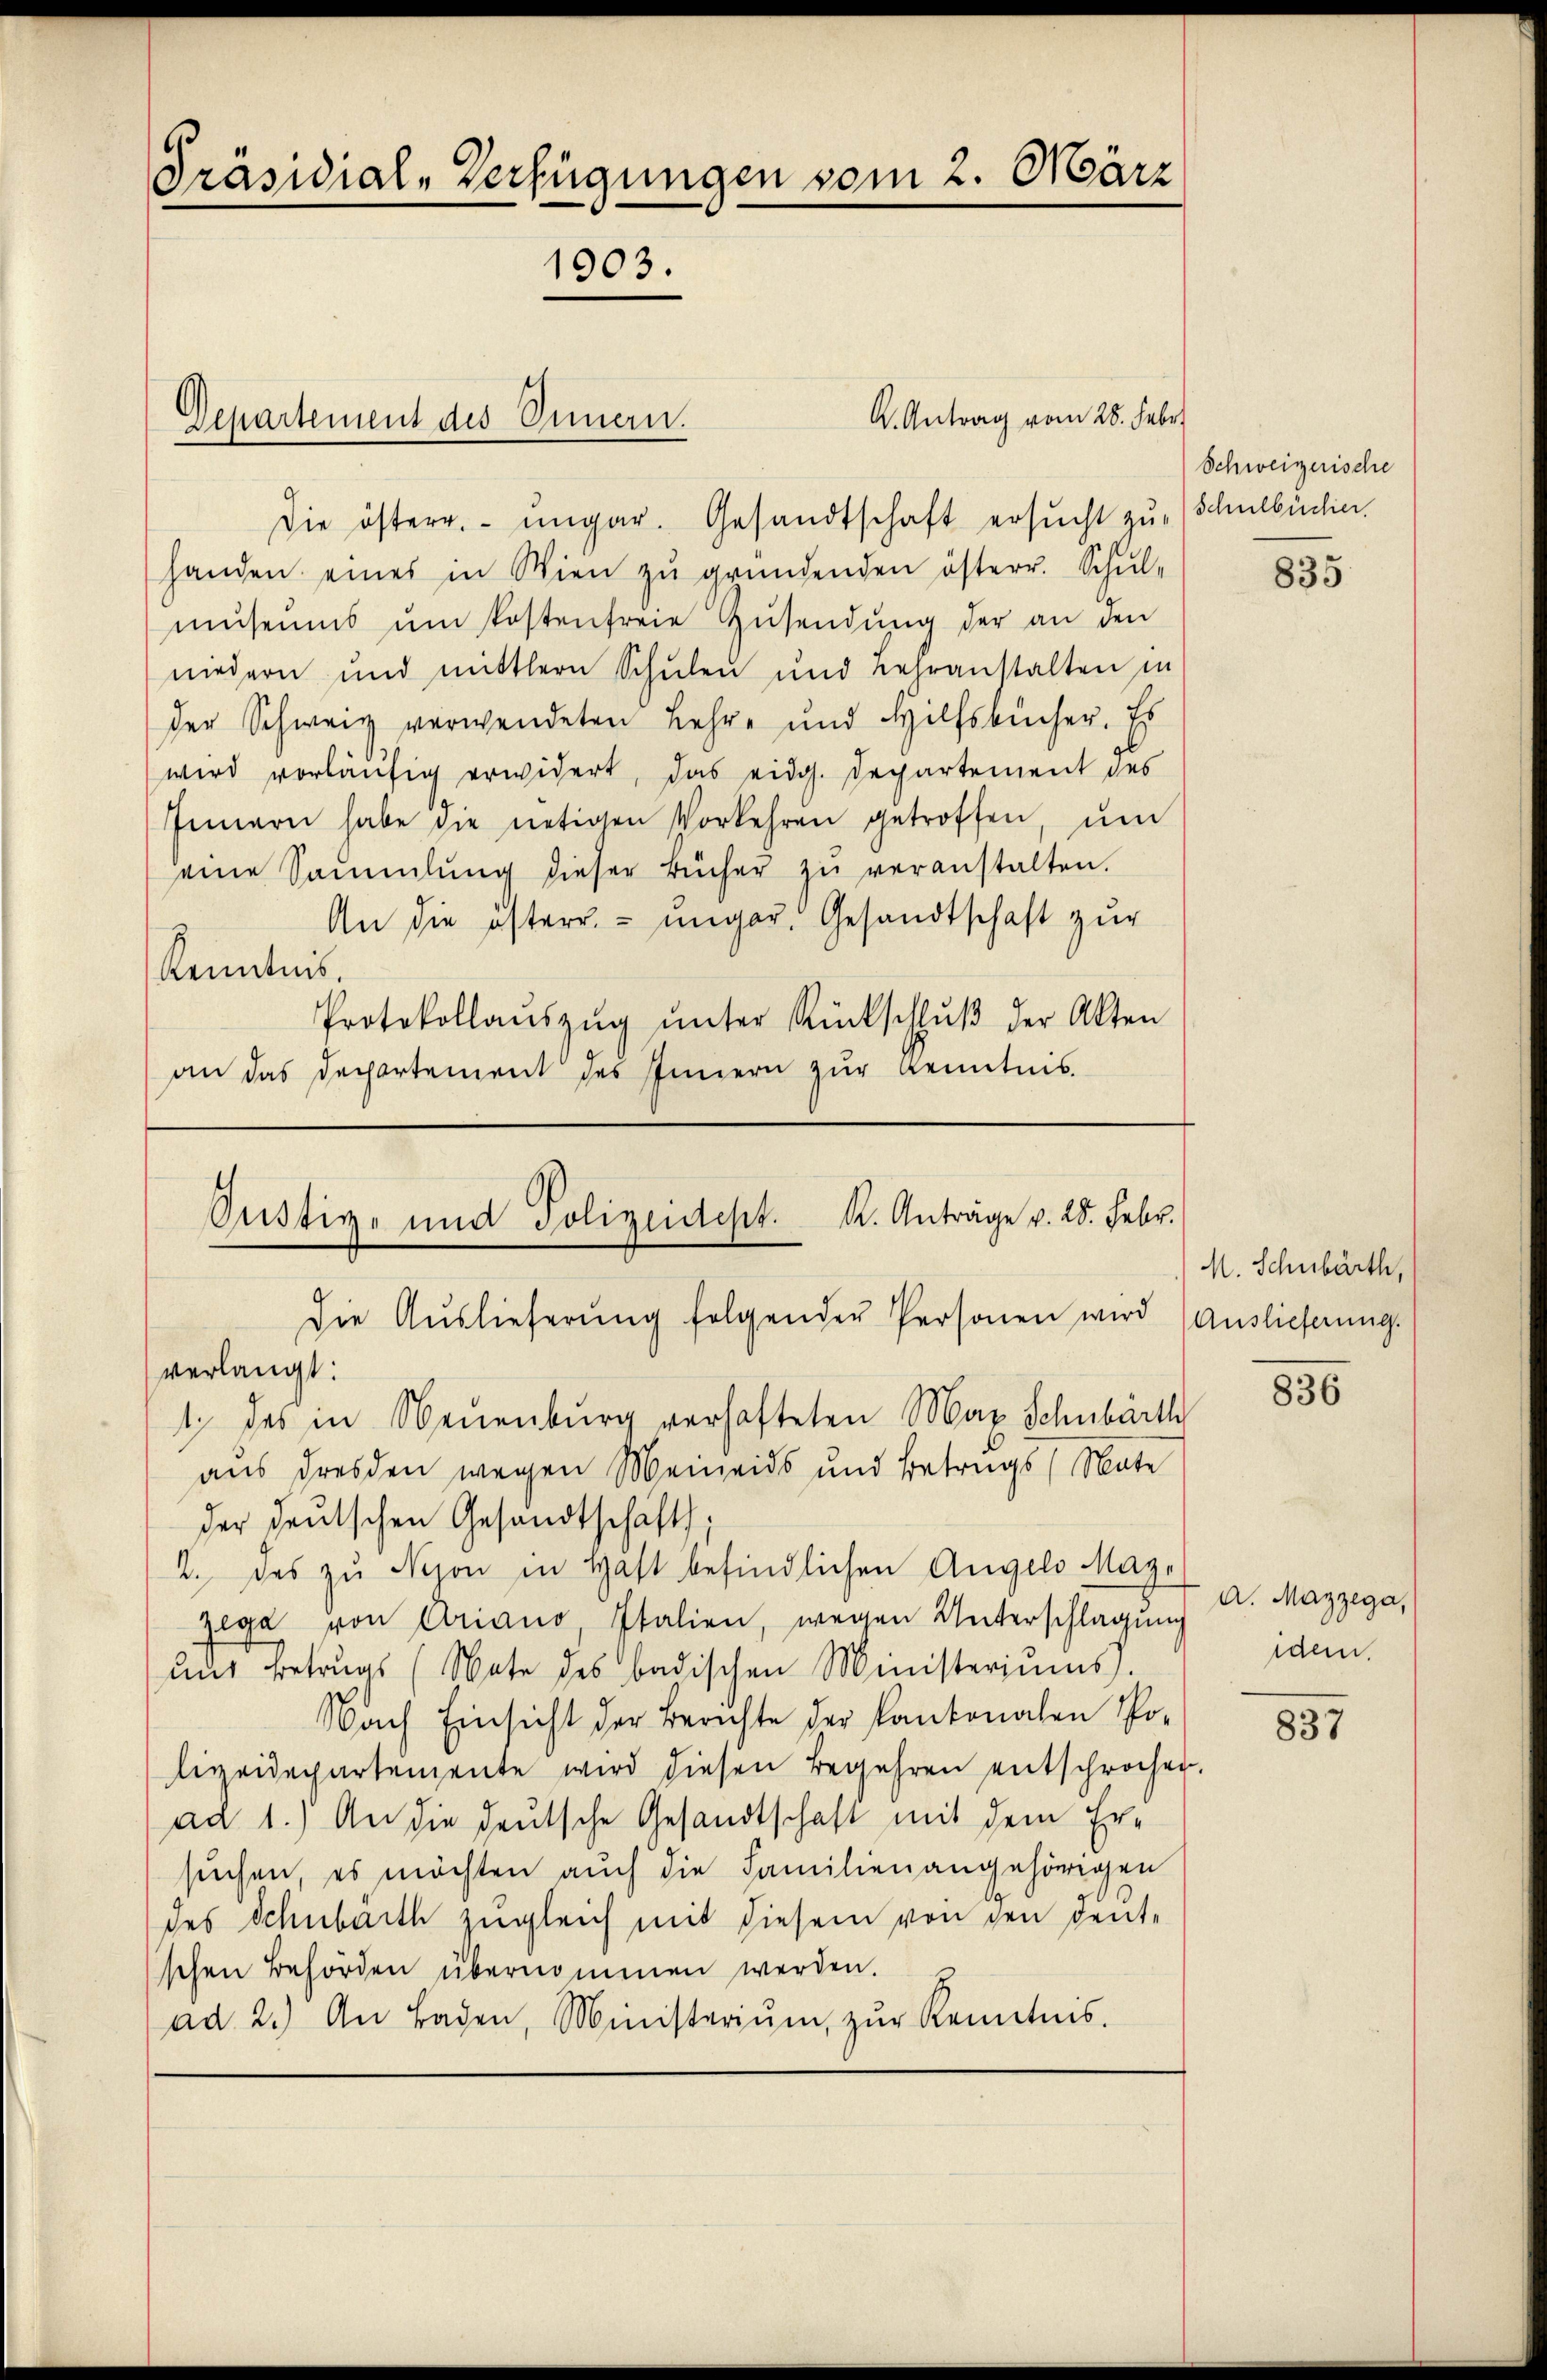
Präsidial-Verfügungen vom 2. März
1903.

handen eines in Wien zu gründenden österr. Schul-
museums ŭm kostenfreie Zŭsendŭng der an den
niedern und mittlern Schulen und Lehranstalten in
der Schweiz verwendeten Lehre und Hilfsbücher. Es
wird vorläufig erwidert, das eidg. Departement des
Innern habe die nötigen Vorkehren getroffen, ŭm
eine Sammlung dieser Bücher zŭ veranstalten.
An die österr. ungar. Gesandtschaft zur
Kenntnis.
Protokollaŭszŭg ŭnter Rückschlŭβ der Akten
an das Departement des Innern zŭr Kenntnis.

Departement des Innern.

Oustiz- und Polizeidept. K. Anträge v. 28. Febr.

Die österr. ungar. Gesandtschaft ersŭcht zu Schulbücher.

Die Aŭslieferŭng folgender Personen wird (Auslieferung.
verlangt:
1. das in Neuenburg verhafteten Max Schnbärth
aus Dresden wegen Meineids und Betrugs (Nate

K. Antrag vom 28. Febr.

der deutschen Gesandtschaft;
2. das zu Nejon in Haft befindlichen Angelo May-
Zege von Ariano, Italien, wegen Unterschlagung
aus Betrugs (Nate des badischen Ministeriums.
Nach Einsicht der Berichte der Kantonalen Po-
lizeidepartemente wird diesen Begehren entschrochen
ad 1.) An die deutsche Gesandtschaft mit dem Ersuchen, es möchten auch die Familien angehörigen
des Schubarth zugleich mit diesem von den deut-
schen Behörden übernommen werden.
ad 2.) An Laden, Ministeriŭm zŭr Kenntnis.

Schweizerische

M. Schnbärth,
836

A. Mazzega,
idem.

835

837